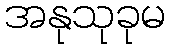
အနုသုခုမ